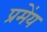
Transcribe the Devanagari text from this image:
प्रमेंय